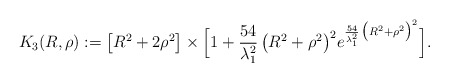
\begin{align*}K_3(R,\rho):=\big[ R^2+ 2\rho^2 \big] \times \Big[ 1+ \frac{54}{\lambda_1^2} \,\big( R^2+\rho^2\big)^2e^{ \frac{54}{\lambda_1^2} \,\big( R^2+\rho^2\big)^2 }\Big].\end{align*}